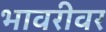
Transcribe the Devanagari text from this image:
भावरीवर